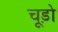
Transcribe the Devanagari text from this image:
चूड़ो